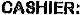
CASHIER: